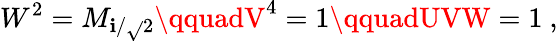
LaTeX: W^{2}=M_{\mathbf{i}/\sqrt{}{2}}\qquadV^{4}=1\qquadUVW=1\ ,